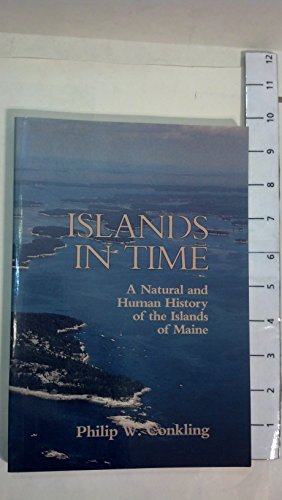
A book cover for Islands in Time; Philip W. Conkling; Travel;